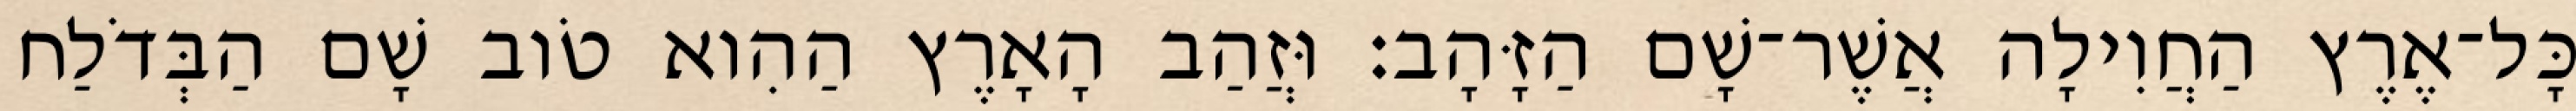
כָּל־אֶרֶץ הַחֲוִילָה אֲשֶׁר־שָׁם הַזָּהָב׃ וּזֲהַב הָאָרֶץ הַהִוא טֹוב שָׁם הַבְּדֹלַח